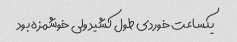
یکساعت خوردی طول کشید ولی خوشمزه بود